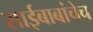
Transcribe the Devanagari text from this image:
साईबाबांचेच